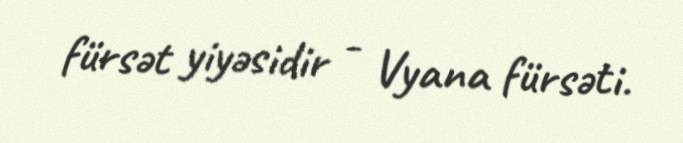
fürsət yiyəsidir - Vyana fürsəti.